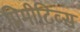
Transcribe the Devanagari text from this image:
प्रिमीटिव्स